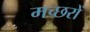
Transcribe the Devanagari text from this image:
मच्‍छरों